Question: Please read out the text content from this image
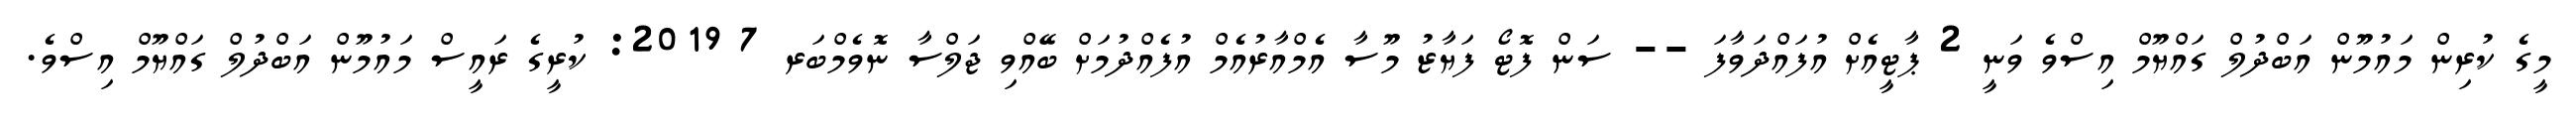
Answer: މީގެ ކުރިން މައުމޫން އަބްދުލް ގައްޔޫމް އިސްވެ ވަނީ 2 ޕާޓީއެށް އުފައްދަވާފަ -- ސަން ފޮޓޯ ފަޔާޒު މޫސާ އެމްއާރުއެމް އުފެއްދުމަށް ބޭއްވި ޖަލްސާ ނޮވެމްބަރ 7 2019: ކުރީގެ ރައީސް މައުމޫން އަބްދުލް ގައްޔޫމް އިސްވެ.